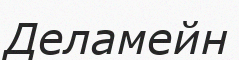
Деламейн